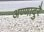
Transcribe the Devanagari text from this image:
अण्णादुरै